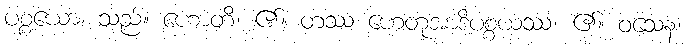
ပစ္စယော၊ သည်။ ဟောတိ၊ ၏။ တဿ ဟေတုအာဒိပစ္စယဿ၊ ၏။ ဝသေန၊